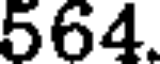
564.